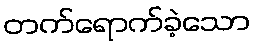
တက်ရောက်ခဲ့သော